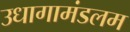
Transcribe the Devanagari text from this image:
उधागामंडलम